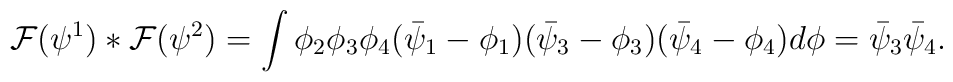
\!\! {\cal F}(\psi^1) * {\cal F}(\psi^2) = \int \phi_2 \phi_3 \phi_4(\bar{\psi}_1 - \phi_1)(\bar{\psi}_3 - \phi_3)(\bar{\psi}_4 -\phi_4)d\phi = \bar{\psi}_3 \bar{\psi}_4.